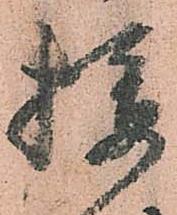
攝